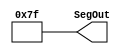
module QA_7Seg_Module (
  output [6:0] SegOut
);

  assign SegOut = 7'h7F;

endmodule
module QA_Main (

	input              RESET_N,

	input              CLOCK_50,
	input              CLOCK2_50,
	input              CLOCK3_50,
	inout              CLOCK4_50,

	inout       [35:0] GPIO_0,
	inout       [35:0] GPIO_1,

	input       [3:0]  KEY,

	output      [9:0]  LEDR,

	input       [9:0]  SW,

	output      [6:0]  HEX0,
	output      [6:0]  HEX1,
	output      [6:0]  HEX2,
	output      [6:0]  HEX3,
	output      [6:0]  HEX4,
	output      [6:0]  HEX5,

	inout              PS2_CLK,
	inout              PS2_CLK2,
	inout              PS2_DAT,
	inout              PS2_DAT2,

	output      [3:0]  VGA_B,
	output      [3:0]  VGA_G,
	output             VGA_HS,
	output      [3:0]  VGA_R,
	output             VGA_VS,

	output             SD_CLK,
	inout              SD_CMD,
	inout       [3:0]  SD_DATA,

	output      [12:0] DRAM_ADDR,
	output      [1:0]  DRAM_BA,
	output             DRAM_CAS_N,
	output             DRAM_CKE,
	output             DRAM_CLK,
	output             DRAM_CS_N,
	inout       [15:0] DRAM_DQ,
	output             DRAM_LDQM,
	output             DRAM_RAS_N,
	output             DRAM_UDQM,
	output             DRAM_WE_N

);

   //-----
   //7SEGS
   wire [7:0] SegOut;
  
   QA_7Seg_Module QA_7Seg(SegOut);
  
	assign HEX0 = SegOut;
	assign HEX1 = SegOut;
	assign HEX2 = SegOut;
	assign HEX3 = SegOut;
	assign HEX4 = SegOut;
	assign HEX5 = SegOut;
	
	
	//
	wire clkManualIn = ~KEY[0];
	wire clkAutoIn   = GPIO_0[0];
	wire clkSelect   = SW[0];
	
	wire sysReset;
	wire sysClk;
	
	QA_RCC_Module QA_RCC(RESET_N, clkManualIn, clkAutoIn, clkSelect, sysReset, sysClk);
	
	//assign LEDR[0] = sysClk;
	//assign LEDR[1] = clkSelect;
	//assign LEDR[2] = sysReset;
	
	assign LEDR[2:0] = {sysReset, clkSelect, sysClk};
	
	
endmodule